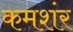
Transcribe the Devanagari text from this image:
कमशंर